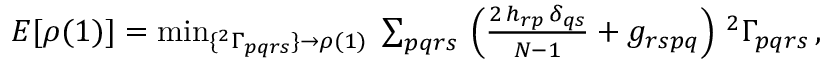
\begin{array} { r } { E [ \rho ( 1 ) ] = \operatorname* { m i n } _ { \{ { ^ { 2 } \Gamma _ { p q r s } } \} \to \rho ( 1 ) } \; \sum _ { p q r s } \, \left( \frac { 2 \, h _ { r p } \, \delta _ { q s } } { N - 1 } + g _ { r s p q } \right) \, { ^ { 2 } \Gamma _ { p q r s } } \, , } \end{array}